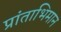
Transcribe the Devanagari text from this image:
प्रांताभिमान